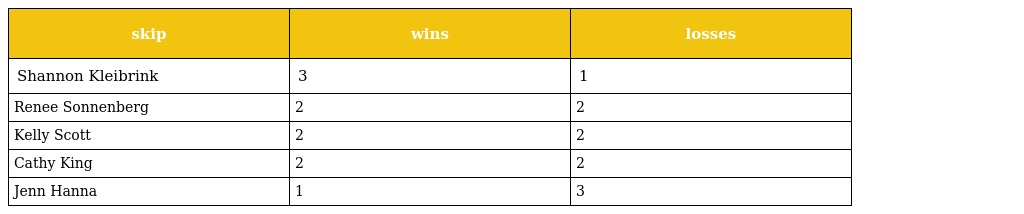
| skip | wins | losses |
 | --- | --- | --- |
 | Shannon Kleibrink | 3 | 1 |
 | Renee Sonnenberg | 2 | 2 |
 | Kelly Scott | 2 | 2 |
 | Cathy King | 2 | 2 |
 | Jenn Hanna | 1 | 3 |